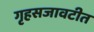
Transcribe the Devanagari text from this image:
गृहसजावटीत